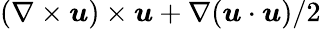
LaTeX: (\nabla\times\boldsymbol{u})\times\boldsymbol{u}+\nabla(\boldsymbol{u}\cdot\boldsymbol{u})/2